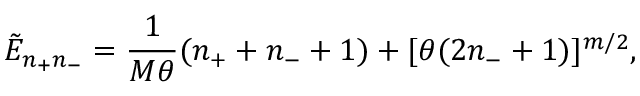
\tilde { E } _ { n _ { + } n _ { - } } = \frac { 1 } { M \theta } ( n _ { + } + n _ { - } + 1 ) + [ \theta ( 2 n _ { - } + 1 ) ] ^ { m / 2 } ,